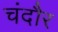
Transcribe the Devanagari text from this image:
चंदौर